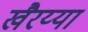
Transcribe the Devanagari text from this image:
खैरय्या